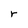
Character: r